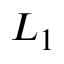
L _ { 1 }